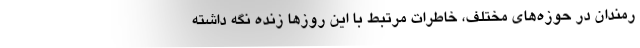
رمندان در حوزه‌های مختلف، خاطرات مرتبط با این روزها زنده نگه داشته